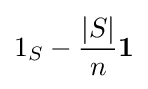
1_{S}-{\frac {|S|}{n}}\mathbf {1}